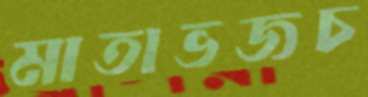
মাতাভজচ